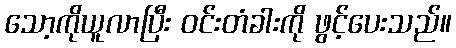
သော့ကိုယူလာပြီး ဝင်းတံခါးကို ဖွင့်ပေးသည်။